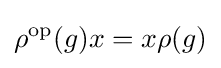
\rho ^{\mathrm {op} }(g)x=x\rho (g)